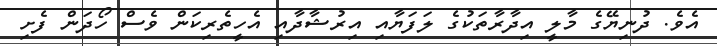
އެވެ. ދުނިޔޭގެ މާލީ އިދާރާތަކުގެ ލަފަޔާއި އިރުޝާދާއި އެހީތެރިކަން ވެސް ހޯދަން ފެށި